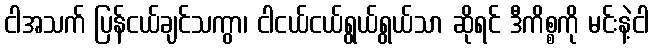
ငါအသက် ပြန်ငယ်ချင်သကွာ၊ ငါငယ်ငယ်ရွယ်ရွယ်သာ ဆိုရင် ဒီကိစ္စကို မင်းနဲ့ငါ